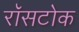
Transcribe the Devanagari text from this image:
रॉसटोक